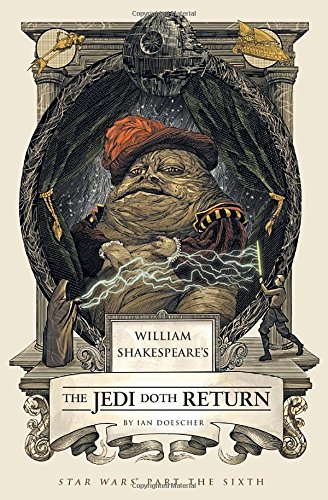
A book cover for William Shakespeare's The Jedi Doth Return (William Shakespeare's Star Wars); Ian Doescher; Science Fiction & Fantasy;